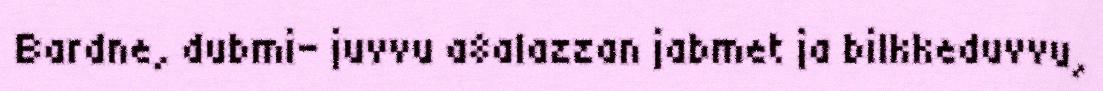
Bardne, dubmi- juvvu a8alazzan jabmet ja bilkkeduvvu,